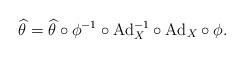
LaTeX: \begin{align*}\widehat{\theta}=\widehat{\theta}\circ \phi^{-1}\circ \mathrm{Ad}_X^{-1}\circ \mathrm{Ad}_X\circ \phi.\end{align*}